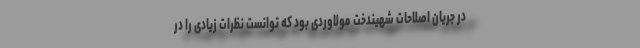
در جریان اصلاحات شهیندخت مولاوردی بود که توانست نظرات زیادی را در